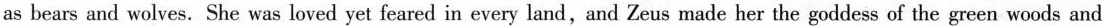
as bears and wolves. She was loved yet feared in every land,and Zeus made her the goddess of the green woods and